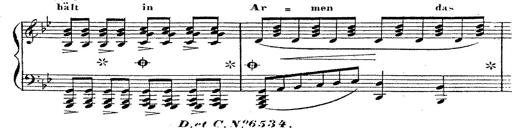
Title: 12 Lieder von Franz Schubert
Composer: Franz Liszt